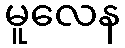
မူလေန